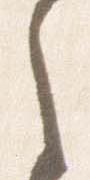
之